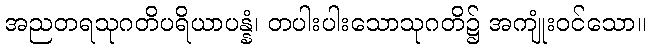
အညတရသုဂတိပရိယာပန္နံ၊ တပါးပါးသောသုဂတိ၌ အကျုံးဝင်သော။